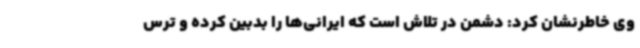
وی خاطرنشان کرد: دشمن در تلاش است که ایرانی‌ها را بدبین کرده و ترس